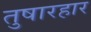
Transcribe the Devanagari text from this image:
तुषारहार